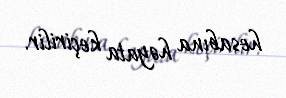
hesabına həyata keçirilir.